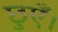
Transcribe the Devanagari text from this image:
छुएँ।